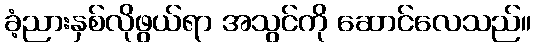
ခံ့ညားနှစ်လိုဖွယ်ရာ အသွင်ကို ဆောင်လေသည်။